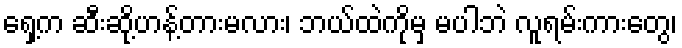
ရှေ့က ဆီးဆို့ဟန့်တားမလား၊ ဘယ်ထဲကိုမှ မပါဘဲ လူရမ်းကားတွေ၊